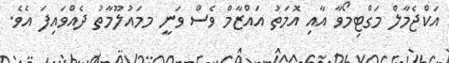
އަކްޖެމާލް މަގްޓިމޯވާ އާއި އޮމަތު އައްޒާމް ވެސް ވަނީ މމައުލޫމާތު ދެއްވައިފަ އެވެ.